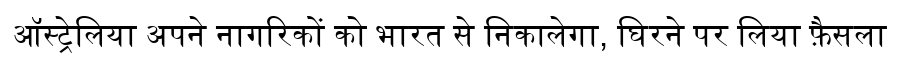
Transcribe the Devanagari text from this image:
ऑस्ट्रेलिया अपने नागरिकों को भारत से निकालेगा, घिरने पर लिया फ़ैसला